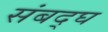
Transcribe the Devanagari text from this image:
संबद्घ